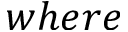
w h e r e